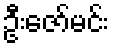
ဦးဇော်မင်း